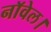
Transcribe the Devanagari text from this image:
नाॅवेल।